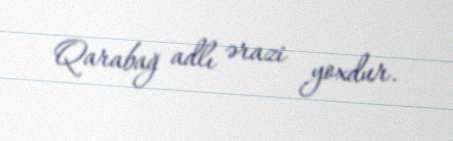
Qarabağ adlı ərazi yoxdur.